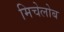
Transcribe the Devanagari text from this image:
मिचेलोब